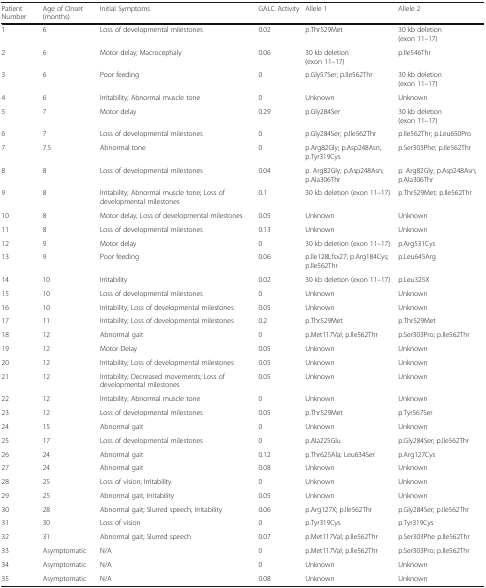
<table><thead><tr><td><b>Patient Number</b></td><td><b>Age of Onset (months)</b></td><td><b>Initial Symptoms</b></td><td><b>GALC Activity</b></td><td><b>Allele 1</b></td><td><b>Allele 2</b></td></tr></thead><tbody><tr><td>1</td><td>6</td><td>Loss of developmental milestones</td><td>0.02</td><td>p.Thr529Met</td><td>30 kb deletion (exon 11–17)</td></tr><tr><td>2</td><td>6</td><td>Motor delay; Macrocephaly</td><td>0.06</td><td>30 kb deletion (exon 11–17)</td><td>p.Ile546Thr</td></tr><tr><td>3</td><td>6</td><td>Poor feeding</td><td>0</td><td>p.Gly57Ser; p.Ile562Thr</td><td>30 kb deletion (exon 11–17)</td></tr><tr><td>4</td><td>6</td><td>Irritability; Abnormal muscle tone</td><td>0</td><td>Unknown</td><td>Unknown</td></tr><tr><td>5</td><td>7</td><td>Motor delay</td><td>0.29</td><td>p.Gly284Ser</td><td>30 kb deletion (exon 11–17)</td></tr><tr><td>6</td><td>7</td><td>Loss of developmental milestones</td><td>0</td><td>p.Gly284Ser; p.Ile562Thr</td><td>p.Ile562Thr; p.Leu650Pro</td></tr><tr><td>7</td><td>7.5</td><td>Abnormal tone</td><td>0</td><td>p.Arg82Gly; p.Asp248Asn; p.Tyr319Cys</td><td>p.Ser303Phe; p.Ile562Thr</td></tr><tr><td>8</td><td>8</td><td>Loss of developmental milestones</td><td>0.04</td><td>p. Arg82Gly; p.Asp248Asn; p.Ala306Thr</td><td>p. Arg82Gly; p.Asp248Asn; p.Ala306Thr</td></tr><tr><td>9</td><td>8</td><td>Irritability; Abnormal muscle tone; Loss of developmental milestones</td><td>0.1</td><td>30 kb deletion (exon 11–17)</td><td>p.Thr529Met; p.Ile562Thr</td></tr><tr><td>10</td><td>8</td><td>Motor delay; Loss of developmental milestones</td><td>0.05</td><td>Unknown</td><td>Unknown</td></tr><tr><td>11</td><td>8</td><td>Loss of developmental milestones</td><td>0.13</td><td>Unknown</td><td>Unknown</td></tr><tr><td>12</td><td>9</td><td>Motor delay</td><td>0</td><td>30 kb deletion (exon 11–17)</td><td>p.Arg531Cys</td></tr><tr><td>13</td><td>9</td><td>Poor feeding</td><td>0.06</td><td>p.Ile128Lfsx27; p.Arg184Cys; p.Ile562Thr</td><td>p.Leu645Arg</td></tr><tr><td>14</td><td>10</td><td>Irritability</td><td>0.02</td><td>30 kb deletion (exon 11–17)</td><td>p.Leu325X</td></tr><tr><td>15</td><td>10</td><td>Loss of developmental milestones</td><td>0</td><td>Unknown</td><td>Unknown</td></tr><tr><td>16</td><td>10</td><td>Irritability; Loss of developmental milestones</td><td>0.05</td><td>Unknown</td><td>Unknown</td></tr><tr><td>17</td><td>11</td><td>Irritability; Loss of developmental milestones</td><td>0.2</td><td>p.Thr529Met</td><td>p.Thr529Met</td></tr><tr><td>18</td><td>12</td><td>Abnormal gait</td><td>0</td><td>p.Met117Val; p.Ile562Thr</td><td>p.Ser303Pro; p.Ile562Thr</td></tr><tr><td>19</td><td>12</td><td>Motor Delay</td><td>0.05</td><td>Unknown</td><td>Unknown</td></tr><tr><td>20</td><td>12</td><td>Irritability; Loss of developmental milestones</td><td>0.05</td><td>Unknown</td><td>Unknown</td></tr><tr><td>21</td><td>12</td><td>Irritability; Decreased movements; Loss of developmental milestones</td><td>0.05</td><td>Unknown</td><td>Unknown</td></tr><tr><td>22</td><td>12</td><td>Irritability; Abnormal muscle tone</td><td>0</td><td>Unknown</td><td>Unknown</td></tr><tr><td>23</td><td>12</td><td>Loss of developmental milestones</td><td>0.05</td><td>p.Thr529Met</td><td>p.Tyr567Ser</td></tr><tr><td>24</td><td>15</td><td>Abnormal gait</td><td>0</td><td>Unknown</td><td>Unknown</td></tr><tr><td>25</td><td>17</td><td>Loss of developmental milestones</td><td>0</td><td>p.Ala225Glu</td><td>p.Gly284Ser; p.Ile562Thr</td></tr><tr><td>26</td><td>24</td><td>Abnormal gait</td><td>0.12</td><td>p.Thr625Ala; Leu634Ser</td><td>p.Arg127Cys</td></tr><tr><td>27</td><td>24</td><td>Abnormal gait</td><td>0.08</td><td>Unknown</td><td>Unknown</td></tr><tr><td>28</td><td>25</td><td>Loss of vision; Irritability</td><td>0</td><td>Unknown</td><td>Unknown</td></tr><tr><td>29</td><td>25</td><td>Abnormal gait; Irritability</td><td>0.05</td><td>Unknown</td><td>Unknown</td></tr><tr><td>30</td><td>28</td><td>Abnormal gait; Slurred speech; Irritability</td><td>0.06</td><td>p.Arg127X; p.Ile562Thr</td><td>p.Gly284Ser; p.Ile562Thr</td></tr><tr><td>31</td><td>30</td><td>Loss of vision</td><td>0</td><td>p.Tyr319Cys</td><td>p.Tyr319Cys</td></tr><tr><td>32</td><td>31</td><td>Abnormal gait; Slurred speech</td><td>0.07</td><td>p.Met117Val; p.Ile562Thr</td><td>p.Ser303Phe p.Ile562Thr</td></tr><tr><td>33</td><td>Asymptomatic</td><td>N/A</td><td>0</td><td>p.Met117Val; p.Ile562Thr</td><td>p.Ser303Pro; p.Ile562Thr</td></tr><tr><td>34</td><td>Asymptomatic</td><td>N/A</td><td>0</td><td>Unknown</td><td>Unknown</td></tr><tr><td>35</td><td>Asymptomatic</td><td>N/A</td><td>0.08</td><td>Unknown</td><td>Unknown</td></tr></tbody></table>